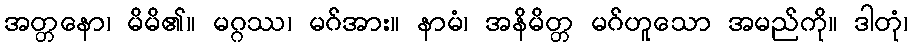
အတ္တနော၊ မိမိ၏။ မဂ္ဂဿ၊ မဂ်အား။ နာမံ၊ အနိမိတ္တ မဂ်ဟူသော အမည်ကို။ ဒါတုံ၊